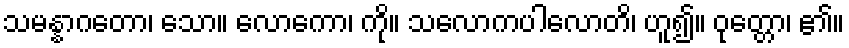
သမန္နာဂတော၊ သော။ လောကော၊ ကို။ သလောကပါလောတိ၊ ဟူ၍။ ဝုတ္တော၊ ၏။